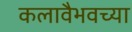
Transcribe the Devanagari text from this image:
कलावैभवच्या